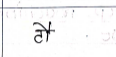
मजकूर: टौ